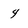
Character: 4